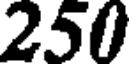
250